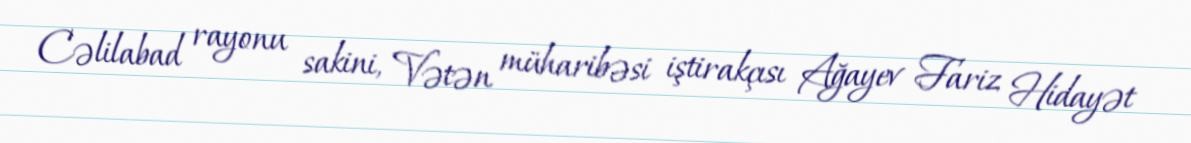
Cəlilabad rayonu sakini, Vətən müharibəsi iştirakçısı Ağayev Fariz Hidayət